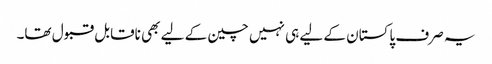
یہ صرف پاکستان کے لیے ہی نہیں چین کے لیے بھی ناقابل قبول تھا۔